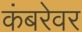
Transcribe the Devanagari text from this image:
कंबरेवर